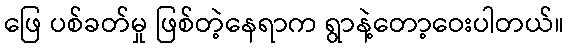
ဖြေ ပစ်ခတ်မှု ဖြစ်တဲ့နေရာက ရွာနဲ့တော့ဝေးပါတယ်။